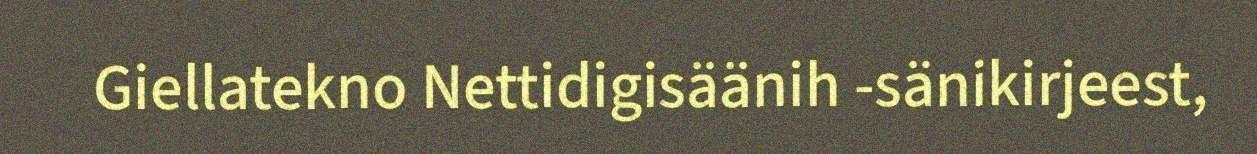
Giellatekno Nettidigisäänih -sänikirjeest,